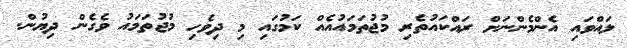
ލައްވައި އެންމެންނަށް ރައްކައުތެރި މުޖުތަމައުއެއް ކަމުގައި މި ދިވެހި މުޖުތަމައު ވެގެން ދިޔުން.